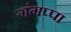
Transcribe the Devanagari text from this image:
गंगप्पा